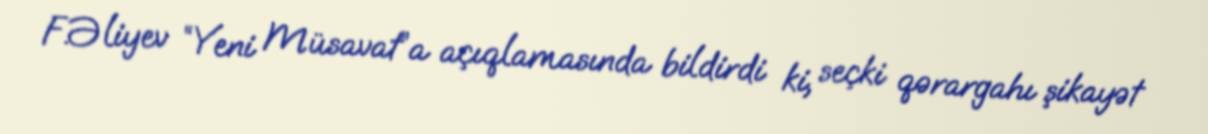
F.Əliyev “Yeni Müsavat”a açıqlamasında bildirdi ki, seçki qərargahı şikayət